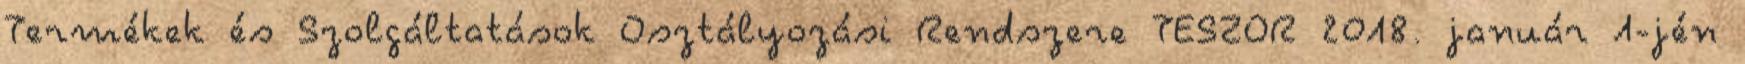
Termékek és Szolgáltatások Osztályozási Rendszere TESZOR 2018. január 1-jén